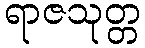
ရာဇသုတ္တ